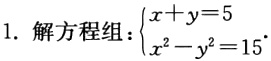
1. 解方程组：$\begin{cases}x + y = 5\\x^{2}-y^{2}=15\end{cases}$